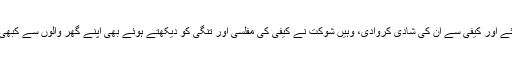
وہ اس طرح کہ ایک طرف جہاں شوکت کے جنون کی قدر کرتے ہوئے خود ان کے والد ان کو لےکر بمبئی گئے اور کیفی سے ان کی شادی کروادی، وہیں شوکت نے کیفی کی مفلسی اور تنگی کو دیکھتے ہوئے بھی اپنے گھر والوں سے کبھی مدد نہیں مانگی اور وہ سب کچھ کیا جوایک گھر کو خوشحال بنانے کے لیے کوئی خوددار آدمی کر سکتا تھا۔